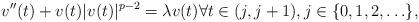
LaTeX: \begin{align*} v''(t)+v(t) |v(t)|^{p-2} =\lambda v(t)\forall t\in (j,j+1), j\in \{0,1,2,\ldots\},\end{align*}